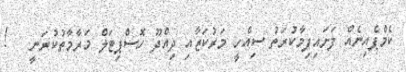
ކެމްޕެއިނެއް ފަށައިފިމާކުރަތު ސިއްހީ މަރުކަޒާއި ދިއްދޫ ހޮސްޕިޓަލް މަރާމާތުކުރަނީ   !